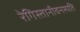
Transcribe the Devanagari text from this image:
रेगिस्तानीवनस्‍पति